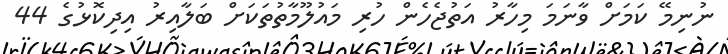
ނުނިމޭ ކަމަށް ވާނަމަ މިހާރު އަތުޖެހެން ހުރި މައުލޫމާތުތަކަށް ބަލާއިރު އިދިކޮޅުގެ 44